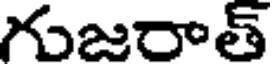
గుజరాత్